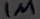
Text: 1M